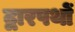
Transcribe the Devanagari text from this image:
द्वारपथों